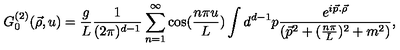
G _ { 0 } ^ { ( 2 ) } ( \vec { \rho } , u ) = \frac { g } { L } \frac { 1 } { ( 2 \pi ) ^ { d - 1 } } \sum _ { n = 1 } ^ { \infty } \cos ( \frac { n \pi u } { L } ) \int d ^ { d - 1 } p \frac { e ^ { i \vec { p } . \vec { \rho } } } { ( \vec { p } ^ { 2 } + ( \frac { n \pi } { L } ) ^ { 2 } + m ^ { 2 } ) } ,